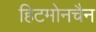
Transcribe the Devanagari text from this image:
हिटमोनचैन